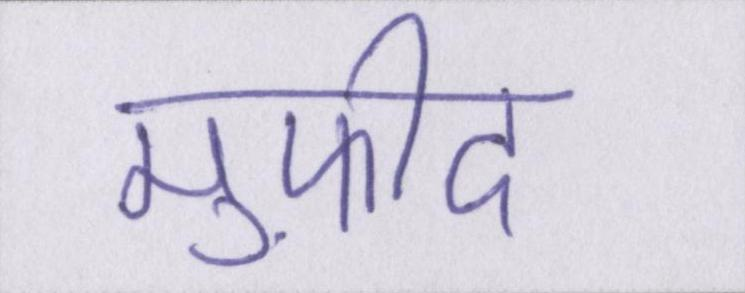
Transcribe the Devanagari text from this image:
मुफ़ीद